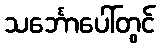
သင်္ဘောပေါ်တွင်